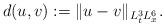
LaTeX: \begin{align*}d(u,v) := \|u-v\|_{L_t^3 L_x^6}. \end{align*}